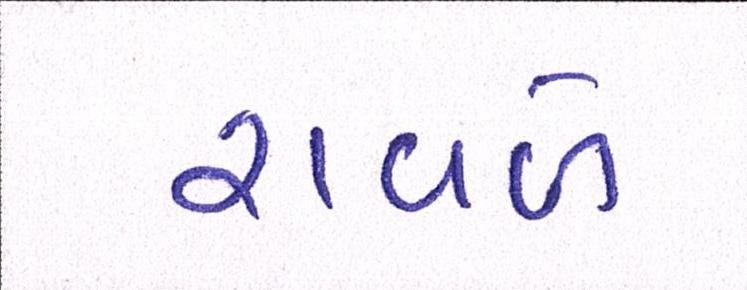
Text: રાવળે